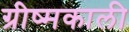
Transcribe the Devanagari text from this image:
ग्रीष्मकाली